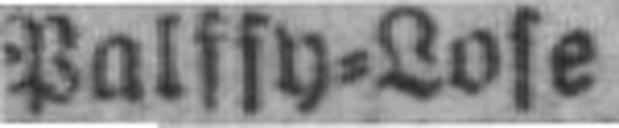
Palfsy=Lose